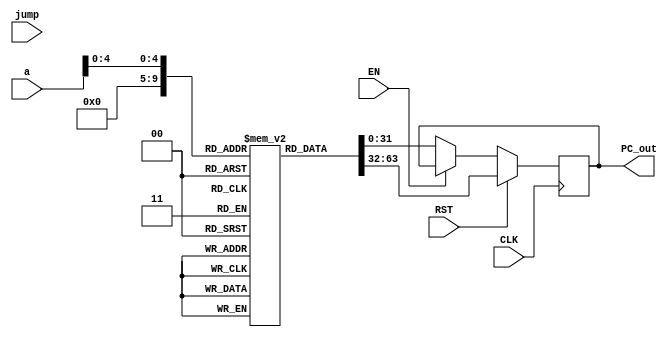
module PC_pip #(parameter WL=32, WL2=32)(
    input CLK,RST,EN,jump,
    output reg [WL-1:0] PC_out,
    input  [WL-1:0] a 
    );
    
    
    reg [WL-1:0] PC_reg [WL2-1:0];   



    integer i;
   initial begin
    for (i=0; i < 32 ; i =i+1)
    PC_reg[i] = i; 
    end
    

  
    always @(posedge CLK) begin

   if(RST)     // must wait full period
   PC_out = PC_reg[0];

      
   else if(!EN)   //since stall sig is high         
    PC_out = PC_reg[a];
  
    
  
   
    

    end
endmodule